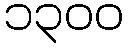
၁၃၀၀